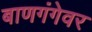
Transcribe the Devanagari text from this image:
बाणगंगेवर